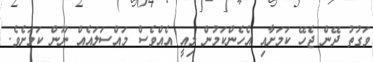
ވަގުތު ދޭން ޖެހޭ ކަމަށާއި އެހެންކަމުން މިއީ އެއްވެސް މައްސަލައެއް ނޫން ކަމަށެވެ.